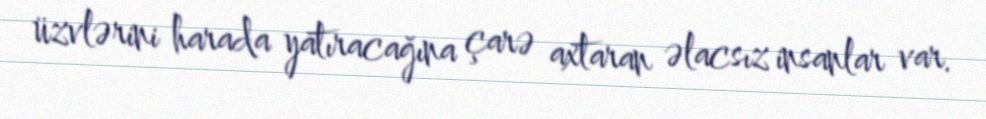
üzvlərini harada yatıracağına çarə axtaran əlacsız insanlar var.